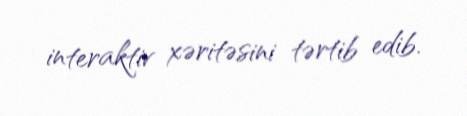
interaktiv xəritəsini tərtib edib.